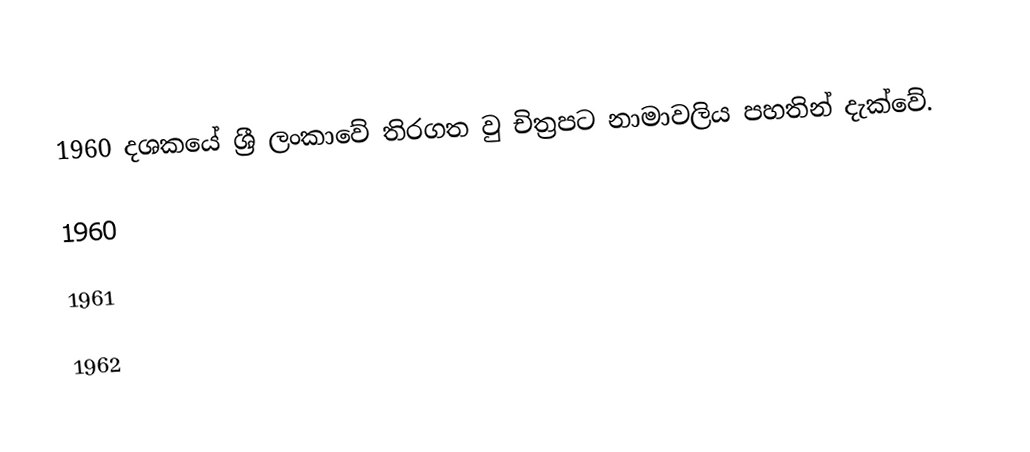
1960 දශකයේ ශ්‍රී ලංකාවේ තිරගත වු චිත්‍රපට නාමාවලිය පහතින් දැක්වේ.

1960

1961

1962